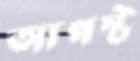
আগস্ট